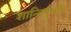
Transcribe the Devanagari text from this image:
शान्तिपुंजहैं।